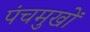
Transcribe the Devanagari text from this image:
पंचमुखों